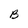
Character: B